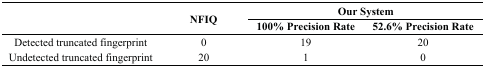
| <ROWSPAN=2>  | <ROWSPAN=2> NFIQ | <COLSPAN=2> Our System |
 | 100% Precision Rate | 52.6% Precision Rate |
 | --- | --- | --- | --- |
 | Detected truncated fingerprint | 0 | 19 | 20 |
 | Undetected truncated fingerprint | 20 | 1 | 0 |